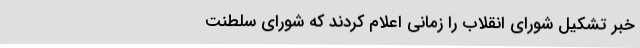
خبر تشکیل‌ شورای‌ انقلاب‌ را زمانی‌ اعلام‌ کردند که‌ شورای ‌سلطنت‌